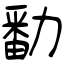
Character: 勫